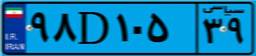
۹۸D۱۰۵۳۹